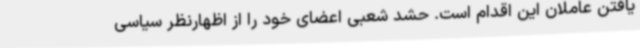
یافتن عاملان این اقدام است. حشد شعبی اعضای خود را از اظهارنظر سیاسی